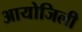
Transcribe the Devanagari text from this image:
आयोजिली